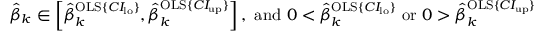
\begin{array} { r } { \hat { \beta } _ { k } \in \left[ \hat { \beta } _ { k } ^ { \mathrm { O L S } \{ C I _ { \mathrm { l o } } \} } , \hat { \beta } _ { k } ^ { \mathrm { O L S } \{ C I _ { \mathrm { u p } } \} } \right] \mathrm { , ~ a n d ~ } 0 < \hat { \beta } _ { k } ^ { \mathrm { O L S } \{ C I _ { \mathrm { l o } } \} } \mathrm { ~ o r ~ } 0 > \hat { \beta } _ { k } ^ { \mathrm { O L S } \{ C I _ { \mathrm { u p } } \} } } \end{array}